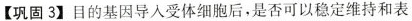
【巩固3】目的基因导入受体细胞后，是否可以稳定维持和表